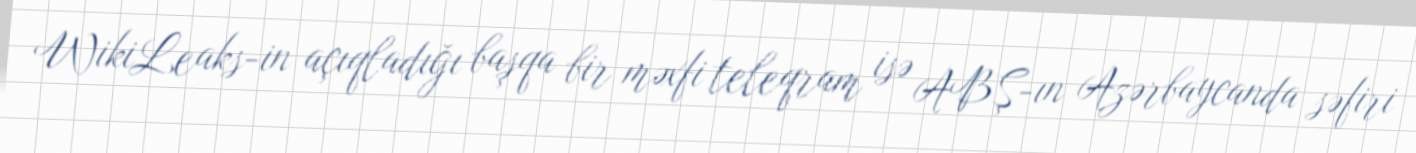
WikiLeaks-in açıqladığı başqa bir məxfi teleqram isə ABŞ-ın Azərbaycanda səfiri